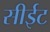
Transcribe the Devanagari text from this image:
सीईट